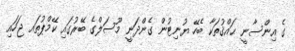
ގެ އިންސާނީ ޙައްޤުތަކާ ބެހޭ ޔުނިޓުން ގެންދަނީ މޫސަލްގެ ބޭރުގައި ކޭމްޕުތައ ޖަހައި